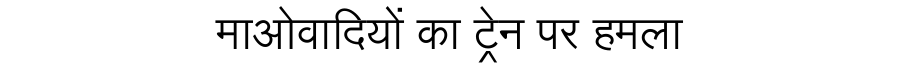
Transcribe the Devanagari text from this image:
माओवादियों का ट्रेन पर हमला